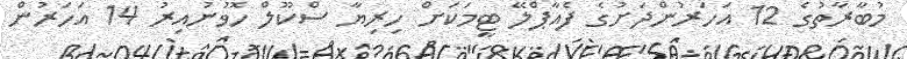
މުބާރާތުގެ 12 އަހަރުންދަށުގެ ފެއާޕްލޭ ޓީމަކަށް ހިރިޔާ ސްކޫލް ހޮވުނުއިރު 14 އަހަރުން